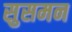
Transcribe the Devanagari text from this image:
सुसमन